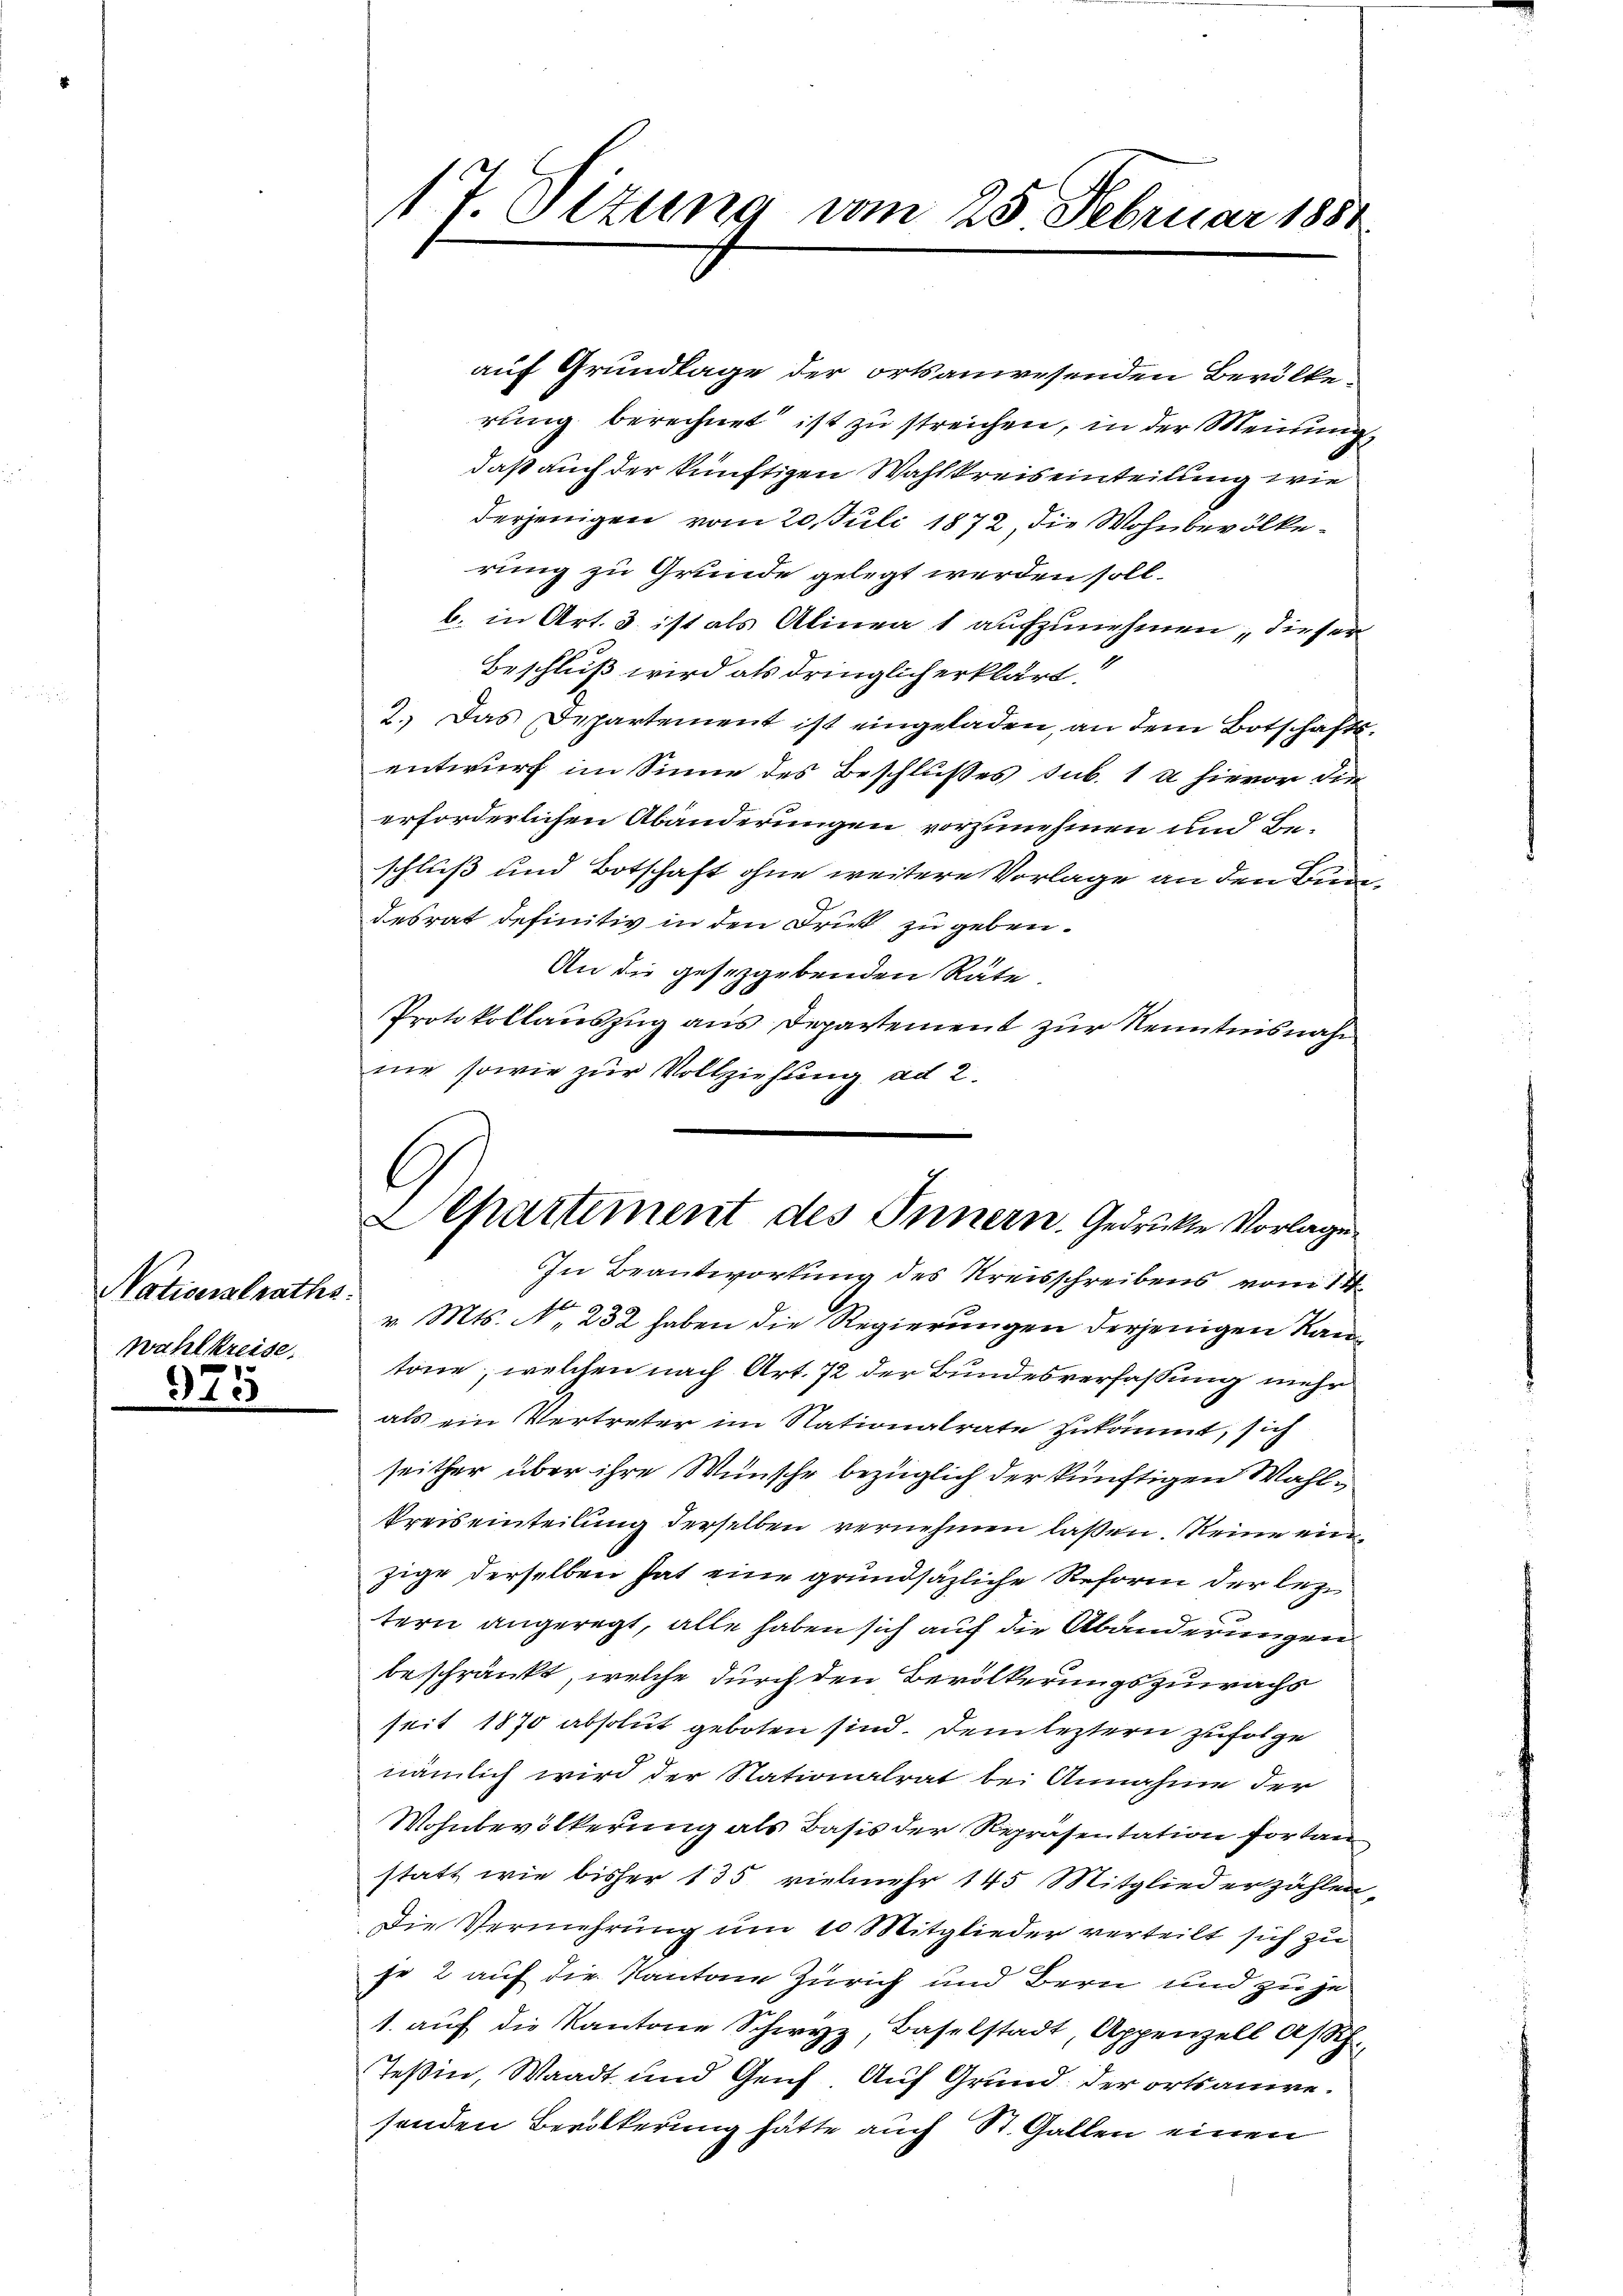
Notionalraths.
Wahlkreise.

975

17. Sizung vom 25 Februar 1851

Separtement des Innern. Gedruckte Vorlage

auf Grundlage der ortsanwesenden Bevölke
rung berechnet ist zu streichen, in der Meinung
daß auch der künftigen Wahlkreiseinteilung wie
derjenigen vom 20. Juli 1872, die Wohnbevölkerung zu Grunde gelegt werden soll.
b. in Art. 3 ist als Alinea 1 aufzunehmen dieser
Beschluß wird als dringlich erklärt.“
2. Das Departement ist eingeladen, an dem Botschafts-
entwurf im Sinne des Beschlußes sub. 1 u hievor die
erforderlichen Abänderungen vorzunehmen und Beschluß und Botschaft ohne weitere Vorlage an den Bundesrat definitiv in den Frist zu geben.
An die gesezgebenden Räte
Protokollauszug aus Departement zur Kenntnisnah
nie sowie zur Vollziehung ad 2.

In Beantwortung des Kreisschreibens vom 14.
v. Mts. No. 232 haben die Regierungen derjenigen Kantöne, welchen nach Art. 72 der Bundesverfassung mehr
als ein Vertreter im Stationalrate zukommt, sich
seither über ihre Wünsche bezüglich der künftigen Wahl¬
Preiseinteilung derselben vernehmen laßen. Seine ein
zige derselben hat eine grundsätzliche Reform der lez
tern angeregt, alle haben sich auf die Abänderungen
beschränkt, welche durch den Bevölkerungszuwachs
seit 1870 absolut geboten sind. Dem leztern zufolge
nämlich wird der Stationalrat bei Annahme der
Wohnbevölkerung als Basis der Repräsentation fortan
statt wie bisher 135 vielmehr 145 Mitglied erzählen,
Die Vermehrung um 10 Mitglieder verteilt sich zu
fe 2 auf die Kantone Zürich und Bern und zu ze
1. aŭf die Kantone Schwyz, Baselstadt, Appenzell A/Rh.
Teßin, Waadt und Genf Auf Grund der ortsanwesonden Bevölkerung hätte auch St. Gallen einen